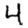
Digit: 4